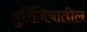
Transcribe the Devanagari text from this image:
थुरिंजियातील